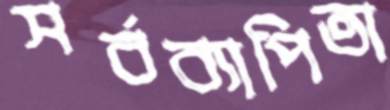
সর্বব্যাপিতা